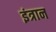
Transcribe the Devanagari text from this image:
इंत्रान